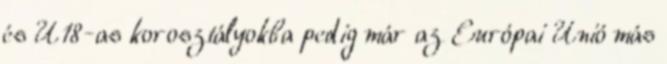
és U18-as korosztályokba pedig már az Európai Unió más